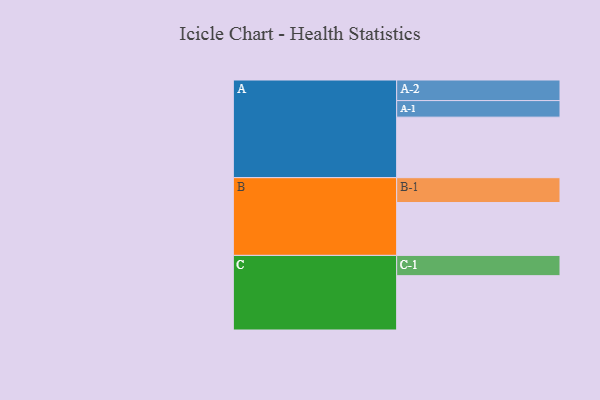
{"axis": {"x": "Segment", "y": "Value"}, "legend": ["", "A", "B", "C"], "data": [{"x": "A", "y": 585, "type": ""}, {"x": "B", "y": 511, "type": ""}, {"x": "C", "y": 525, "type": ""}, {"x": "A-1", "y": 160, "type": "A"}, {"x": "A-2", "y": 199, "type": "A"}, {"x": "B-1", "y": 240, "type": "B"}, {"x": "C-1", "y": 196, "type": "C"}]}